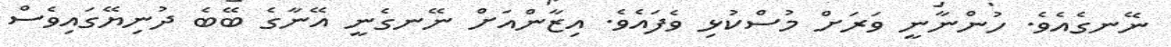
ނޭނގެއެވެ. ހުންނާނީ ވަރަށް މުސްކުޅި ވެފައެވެ. އިޒާންއަށް ނޭނގެނީ އޭނާގެ ބޭބެ ދުނިޔޭގައިވެސް